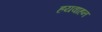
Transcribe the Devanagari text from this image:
हयवाहन